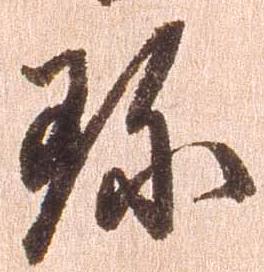
珍